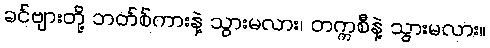
ခင်ဗျားတို့ ဘတ်စ်ကားနဲ့ သွားမလား၊ တက္ကစီနဲ့ သွားမလား။